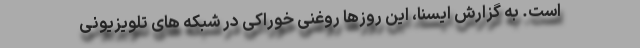
است. به گزارش ایسنا، این روزها روغنی خوراکی در شبکه های تلویزیونی